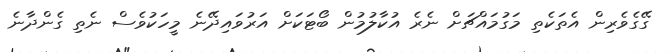
ގޭގެވެރިން އެތަކެތި މަގުމައްޗަށް ނެރެ އުކާލުމުން ބޯޓަކަށް އަރުވައިދޭނެ މީހަކުވެސް ނެތި ގެންދާނެ